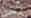
نحن